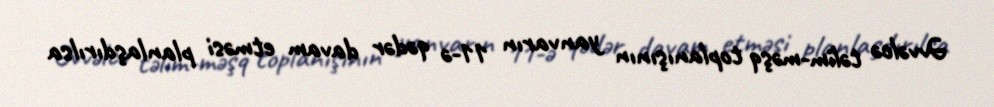
Əvvəlcə təlim-məşq toplanışının yanvarın 11-ə qədər davam etməsi planlaşdırılsa